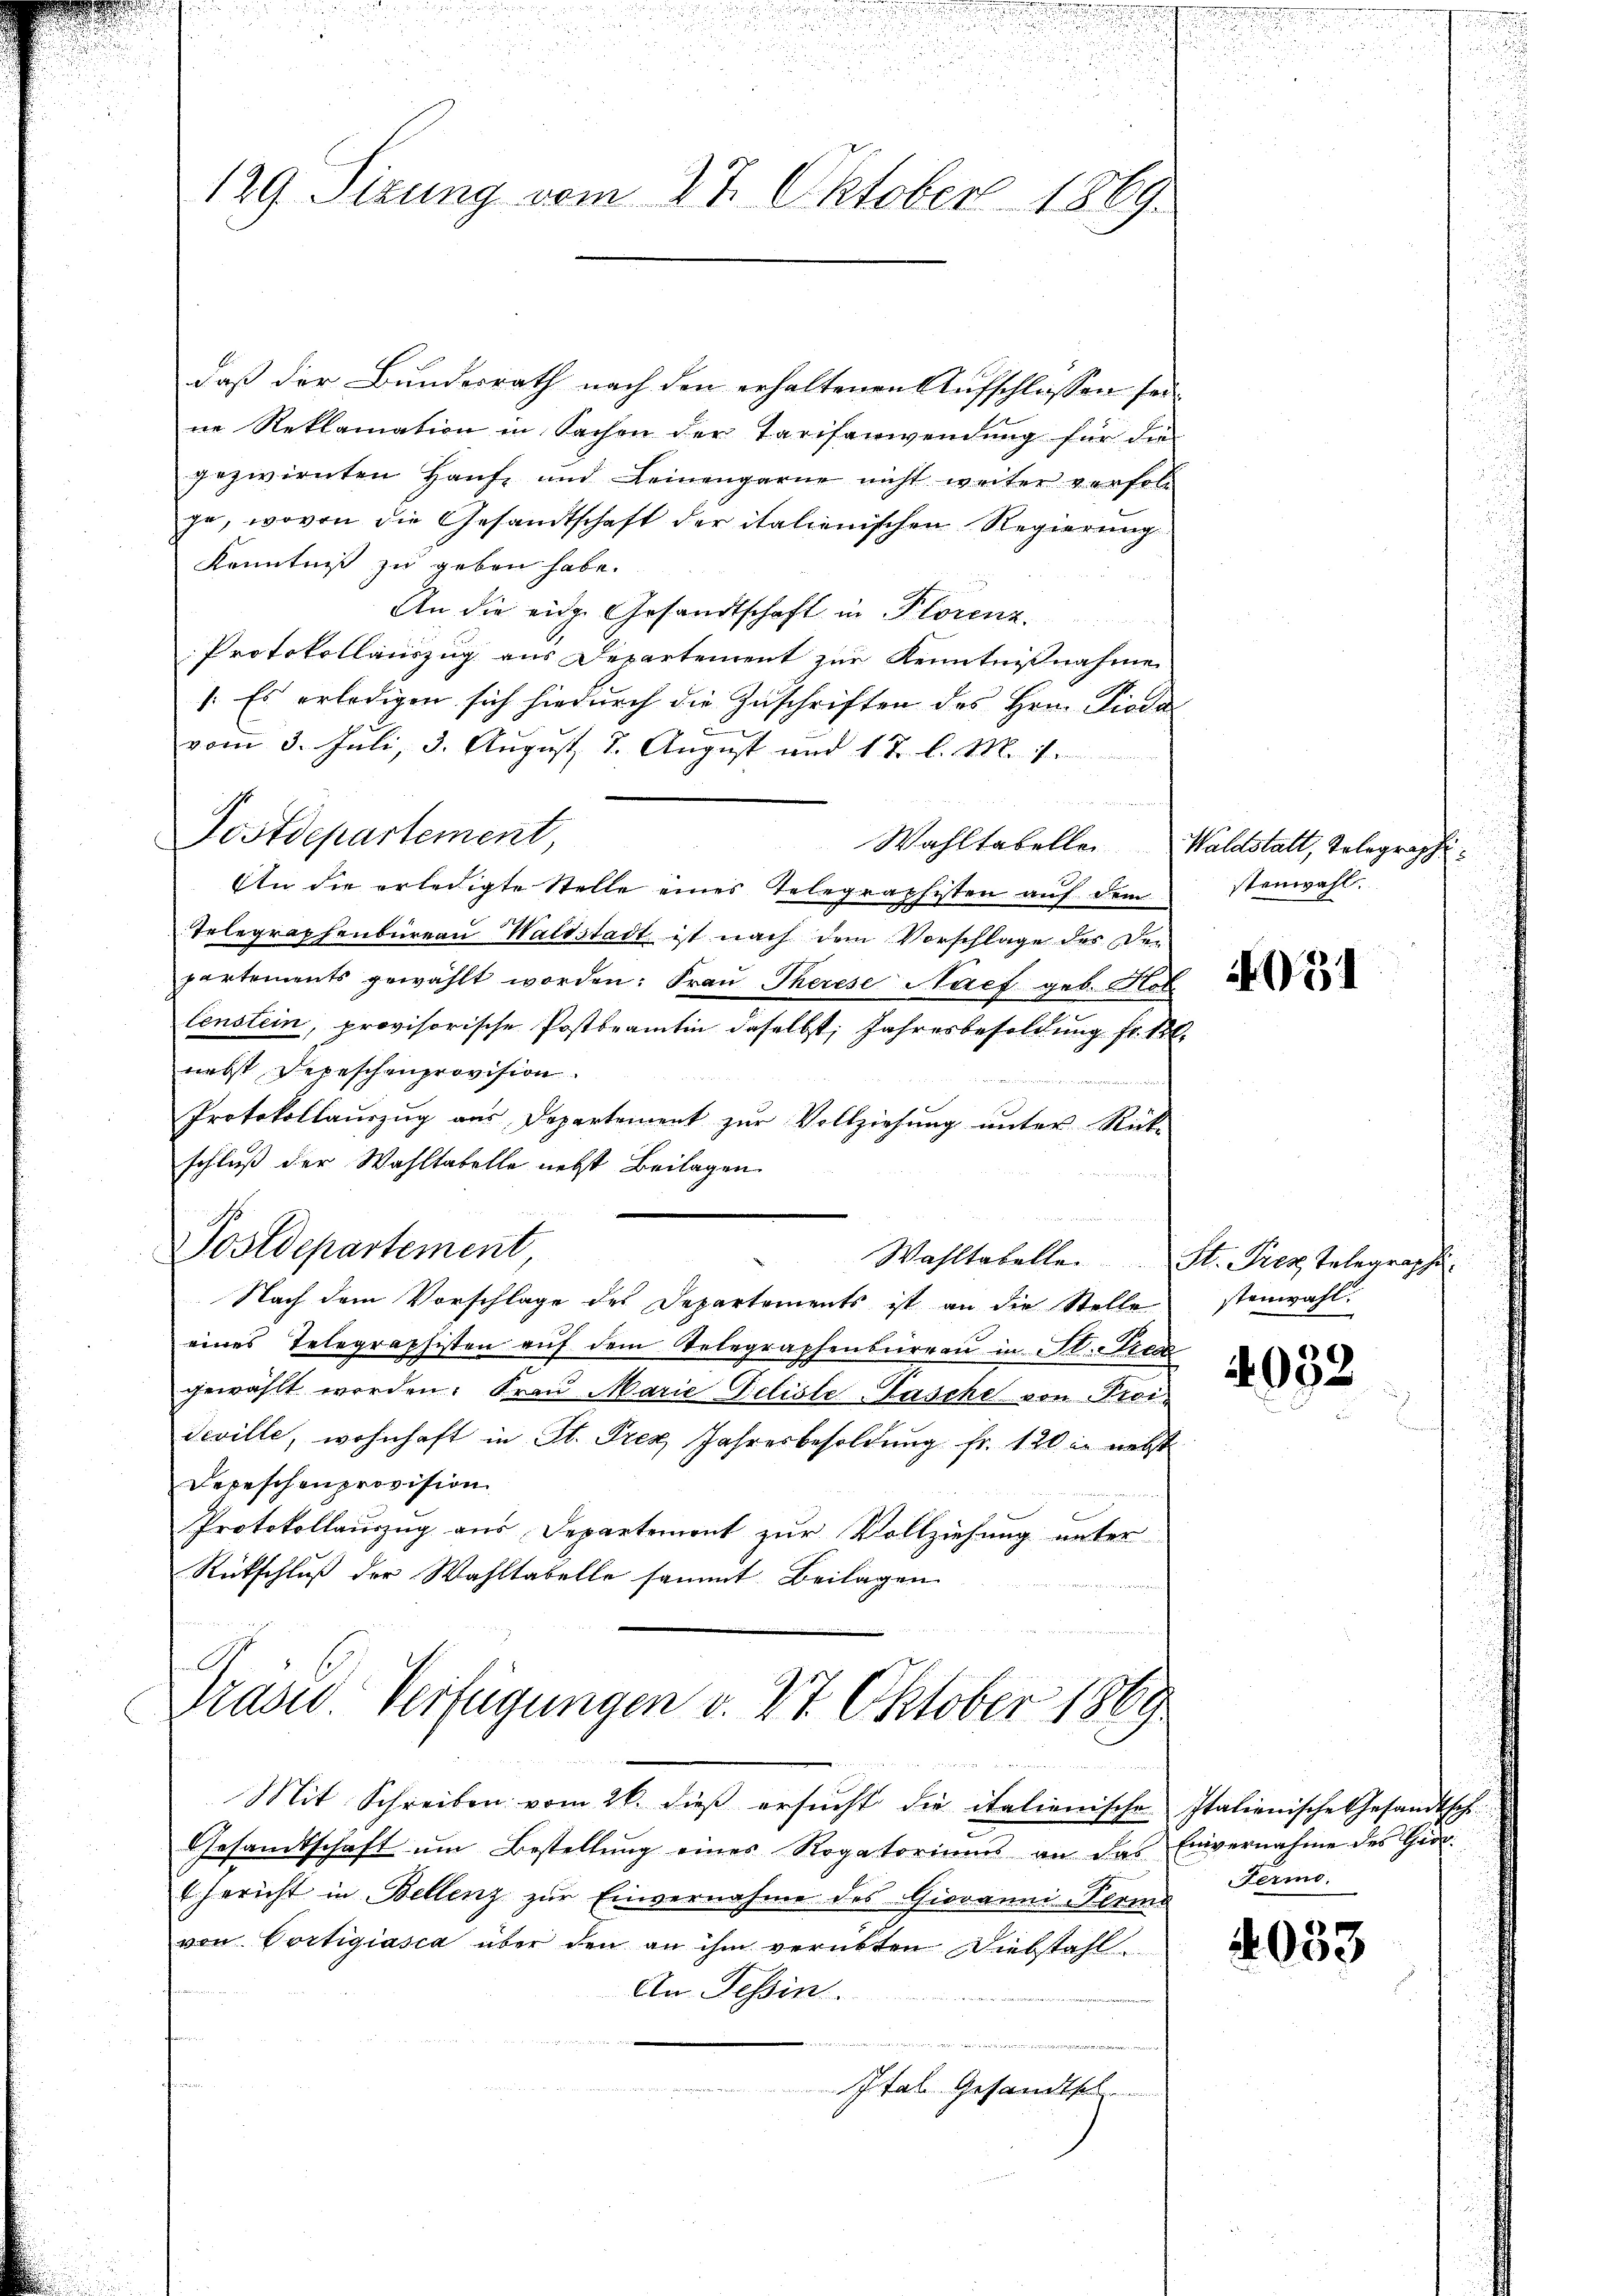
129. Sizung vom 27. Oktober 1869.

daß der Bundesrath nach den erhaltenen Aufschlüssen sein
ne Reklamation in Sachen der Tarifenwendung für die
gezwirnten Haŭse und Leinengarne nicht weiter verfolg
ge, wovon die Gesandtschaft der italienischen Regierung
Kenntniß zu geben habe.
An die eidg. Gesandtschaft in Florenz.
Protokollauszug aus Departement zur Kenntnißnahme
). Es erledigen sich hiedurch die Zuschriften des Hrn. Dioda
vom 3. Juli, 3. August 8. August und 1 t l. M. is

An die erledigte Stelle eines Telegraphisten auf dem
Telegraphenbureau Waldstadt ist nach dem Vorschläge des Den
partements gewählt worden: Frau Therese Nach geb. Hot
lenstein, provisorische Postbeamten daselbst, Jahresbesoldung fr. 10.
nebst Depeschenprovision
Protokollaŭszŭg aŭs Departement zŭr Vollziehŭng ŭnter Rück-
schluß der Wahltabelle nebst Beilagen
I
Sostdepartement
Wahltabelle. St. Prex Telegraphi
Nach dem Vorschlage des Departements ist an die Stelle
eines Telegraphisten auf dem Telegraphenbureau in St. Nies
gewählt werden. Frau Marie Deliste Pasche von Proi-
Seville, wohnhaft in St. Frey Jahresbesoldung fr. 120 in nebst
Repeschenprovision
Protokollauszug aus Departement zur Vollziehung unter
Rückschluß der Wahltabelle sammt Beilagen

Postdepartement,

Grazer Verfügungen v. 27. Oktober 1869
 d

Mit Schreiben vom 26. dieβ ersŭcht die italienische Italienische Gesandtsch
Gesamtschaft ŭm Bestellŭng einer Rogatoriums an das Einvernahme des Gro
EGericht in Bellenz zur Einvernahme des Giovanni-Ferma
von Cortigiasca über den an ihm verübten Diebstahl
An Tessin.
u
Jtal. Gesandtsch

Wahltabelle. Waldstatt, Telegraphi¬

stenwahl.

4051

stenwahl.

4032

Fermo

2053